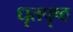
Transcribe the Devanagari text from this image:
धृतपृष्ठ